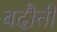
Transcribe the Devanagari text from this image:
बदौती